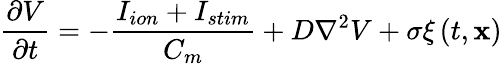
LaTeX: \frac{\partial V}{\partial t}=-\frac{I_{ion}+I_{stim}}{C_{m}}+D\nabla^{2}V+\sigma\xi\left(t,\mathbf{x}\right)